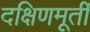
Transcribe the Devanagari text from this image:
दक्षिणमूर्ती